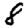
Digit: 8